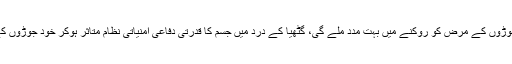
ماہرین کے مطابق اس سے بڑھاپے اور ادھیڑ عمری میں تکلیف دہ جوڑوں کے مرض کو روکنے میں بہت مدد ملے گی، گٹھیا کے درد میں جسم کا قدرتی دفاعی امنیاتی نظام متاثر ہوکر خود جوڑوں کے خلیات کو نشانہ بناتا ہے اور جوڑ سخت اور تکلیف دہ ہوجاتے ہیں۔